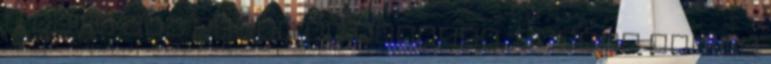
a cikk nem török de muszlim, szóval ide ne